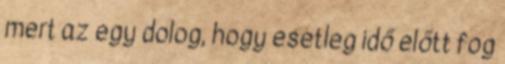
mert az egy dolog, hogy esetleg idő előtt fog